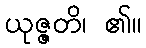
ယုဇ္ဇတိ၊ ၏။